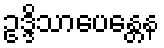
ဥဒ္ဒိသာပေန္တေန